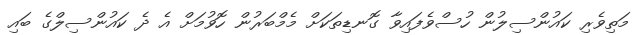
މަތިވެރި ކައުންސިލުން ހުސްވެފައިވާ ގޮނޑިތަކަށް މެމްބަރުން ހޮވުމަށް އެ ދެ ކައުންސިލްގެ ބައި